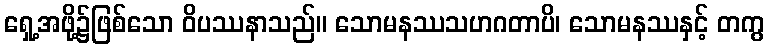
ရှေ့အဖို့၌ဖြစ်သော ဝိပဿနာသည်။ သောမနဿသဟဂတာပိ၊ သောမနဿနှင့် တကွ